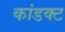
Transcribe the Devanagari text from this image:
कांडक्ट